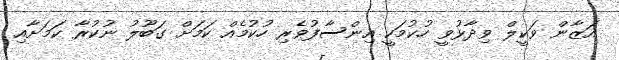
އަޒާން ވަކީލް ވިދާޅުވީ ހުކުމަކީ އިންސާފުވެރި ހުކުމެއް ކަމަށް ގަބޫލު ނުކުރާ ކަމަށާއި